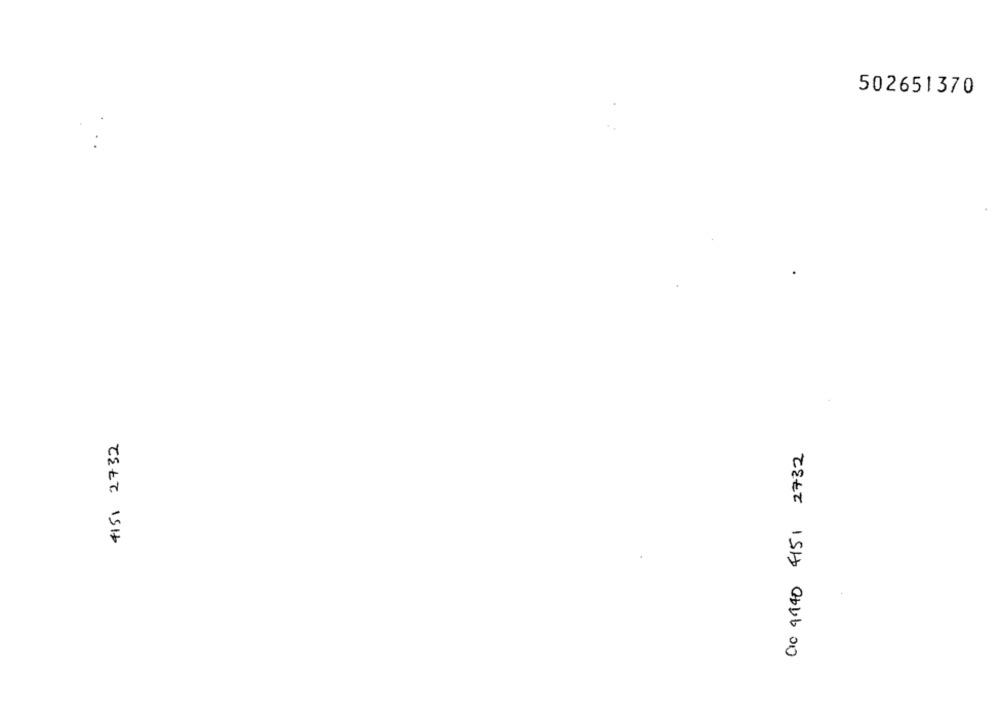
502651370
4151 2732
00 9940 4151 2732